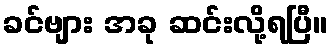
ခင်ဗျား အခု ဆင်းလို့ရပြီ။